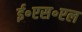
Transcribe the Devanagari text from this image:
ई॰एस॰एल